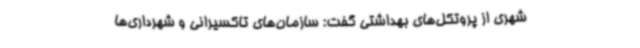
شهری از پروتکل‌های بهداشتی گفت: سازمان‌های تاکسیرانی و شهرداری‌ها